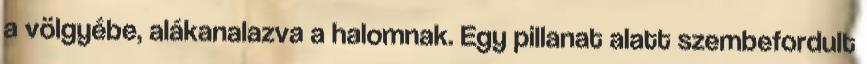
a völgyébe, alákanalazva a halomnak. Egy pillanat alatt szembefordult